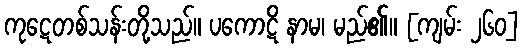
ကုဋေတစ်သန်းတို့သည်။ ပကောဋိ နာမ၊ မည်၏။ [ကျမ်း ၂၆၀]